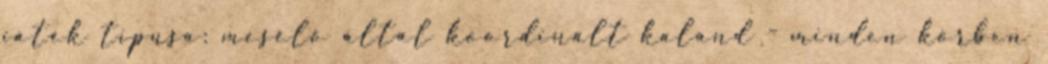
játék típusa: mesélő által koordinált kaland - minden körben